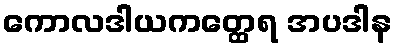
ကောလဒါယကတ္ထေရ အပဒါန